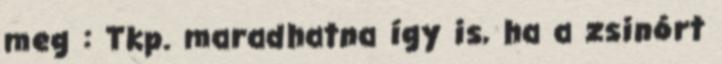
meg : Tkp. maradhatna így is, ha a zsinórt